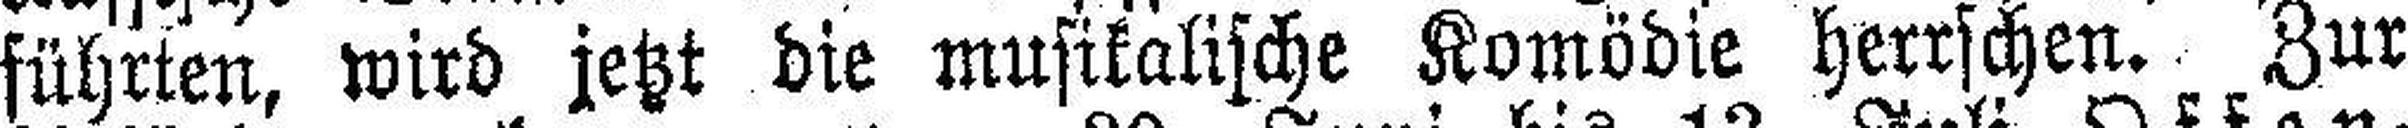
führten, wird jetzt die musikalische Komödie herrschen. Zur